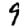
Digit: 9